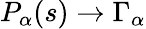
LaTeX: P_{\alpha}(s)\to\Gamma_{\alpha}